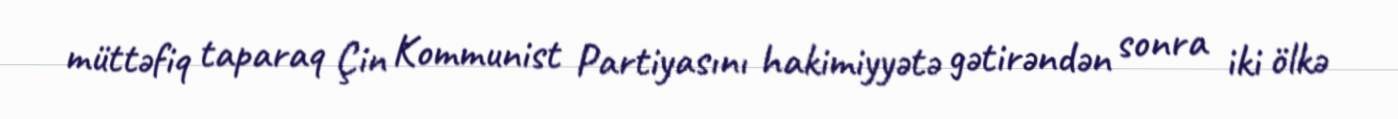
müttəfiq taparaq Çin Kommunist Partiyasını hakimiyyətə gətirəndən sonra iki ölkə